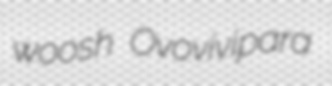
woosh Ovovivipara